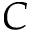
C